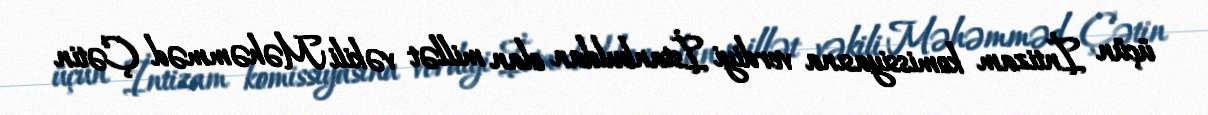
üçün İntizam komissiyasına verdiyi İstanbuldan olan millət vəkili Məhəmməd Çətin